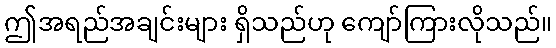
ဤအရည်အချင်းများ ရှိသည်ဟု ကျော်ကြားလိုသည်။